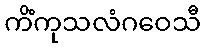
ကိံကုသလံဂဝေသီ